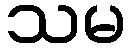
သမ